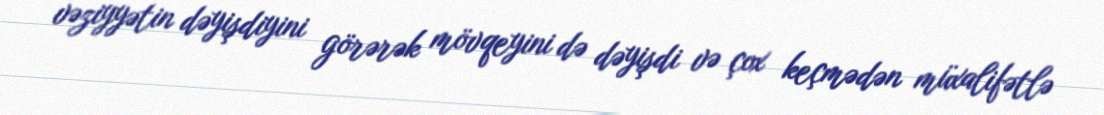
vəziyyətin dəyişdiyini görərək mövqeyini də dəyişdi və çox keçmədən müxalifətlə